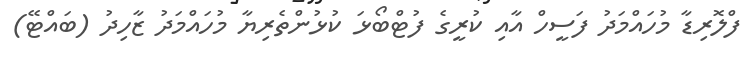
ފްލޮރިޑާ މުހައްމަދު ފަސީހް އާއި ކުރީގެ ފުޓްބޯޅަ ކުޅުންތެރިޔާ މުހައްމަދު ޒާހިދު (ބައްޓޭ)